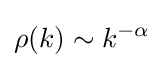
\rho (k)\sim k^{-\alpha }